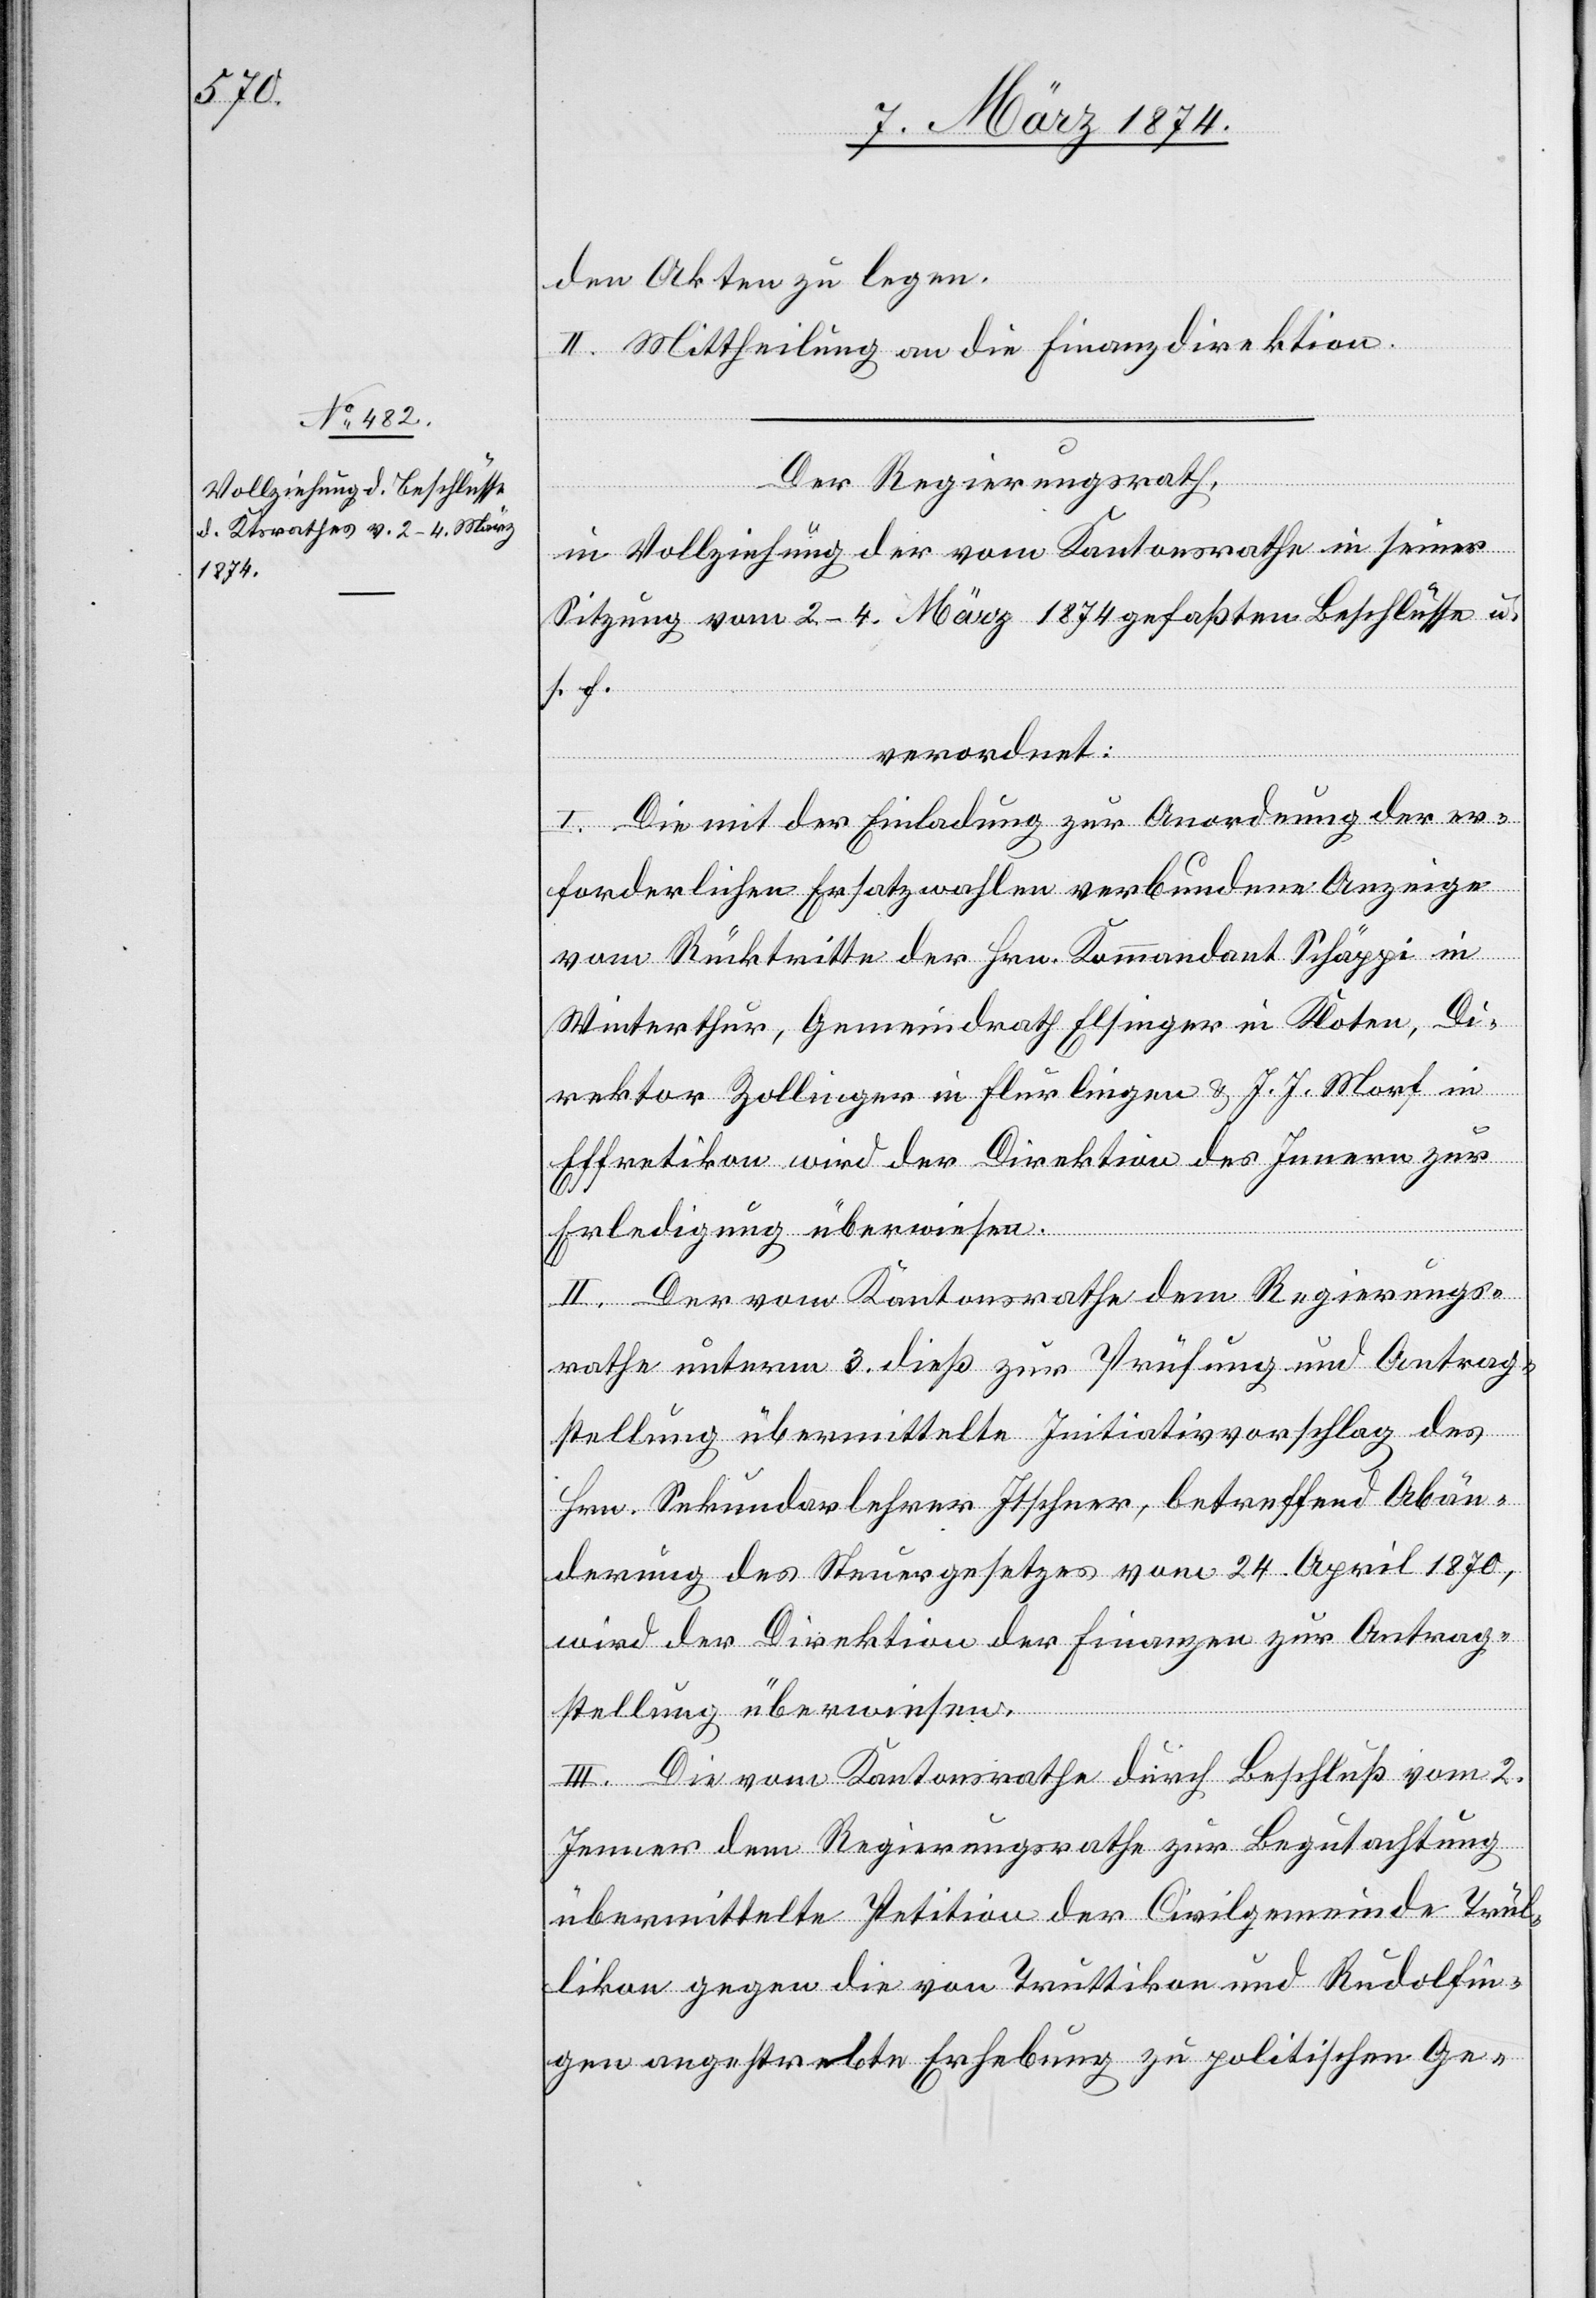
den Akten zu legen.
II. Mittheilung an die Finanzdirektion.
Der Regierungsrath,
in Vollziehung der vom Kantonsrathe in seiner
Sitzung vom 2.–4. März 1874 gefaßten Beschlüsse u.
s. f.
verordnet:
I. Die mit der Einladung zur Anordnung der er¬
forderlichen Ersatzwahlen verbundene Anzeige
vom Rücktritte des Hrn. Kommandant Schäppi in
Winterthur, Gemeindrath Elsinger in Kloten, Di¬
rektor Zollinger in Flurlingen u. J. J. Morf in
Effretikon wird der Direktion des Innern zur
Erledigung überwiesen.
II. Der vom Kantonsrathe dem Regierungs¬
rathe unterm 3. dieß zur Prüfung und Antrag¬
stellung übermittelte Initiativvorschlag des
Hrn. Sekundarlehrer Itscher, betreffend Abän¬
derung des Steuergesetzes vom 24. April 1870,
wird der Direktion der Finanzen zur Antrag¬
stellung überwiesen.
III. Die vom Kantonsrathe durch Beschluß vom 2.
Jenner dem Regierungsrathe zur Begutachtung
übermittelte Petition der Civilgemeinde Trül¬
likon gegen die von Truttikon und Rudolfin¬
gen angestrebte Erhebung zu politischen Ge-